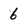
Character: 6